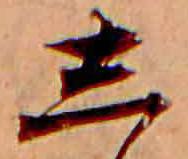
し